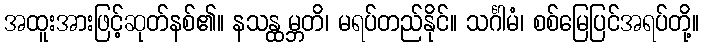
အထူးအားဖြင့်ဆုတ်နစ်၏။ နသန္ထမ္ဘတိ၊ မရပ်တည်နိုင်။ သင်္ဂါမံ၊ စစ်မြေပြင်အရပ်တို့။